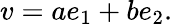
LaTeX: v=ae_{1}+be_{2}.